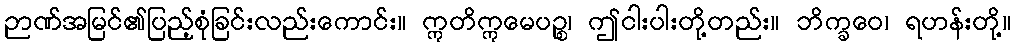
ဉာဏ်အမြင်၏ပြည့်စုံခြင်းလည်းကောင်း။ ဣတိဣမေပဉ္စ၊ ဤငါးပါးတို့တည်း။ ဘိက္ခဝေ၊ ရဟန်းတို့။